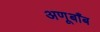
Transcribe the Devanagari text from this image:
अणूबाँब